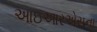
આઇઆરએસના